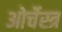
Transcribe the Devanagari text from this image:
ओर्चेस्त्र